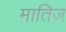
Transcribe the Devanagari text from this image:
मातिज़